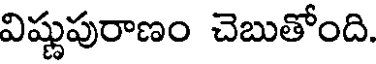
విష్ణుపురాణం చెబుతోంది.